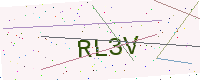
Text: RL3V